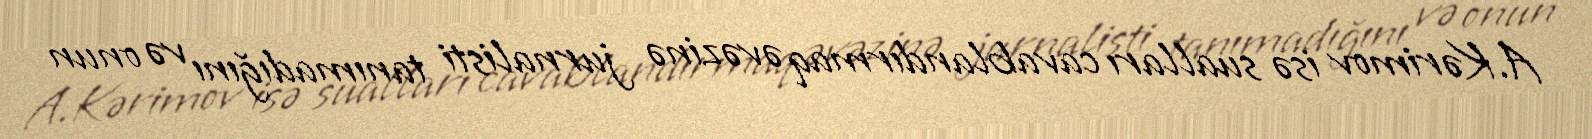
A.Kərimov isə sualları cavablandırmaq əvəzinə jurnalisti tanımadığını və onun